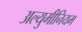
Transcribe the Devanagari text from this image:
अल्युमीनियम